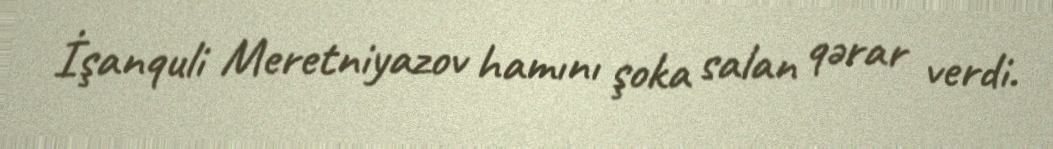
İşanquli Meretniyazov hamını şoka salan qərar verdi.